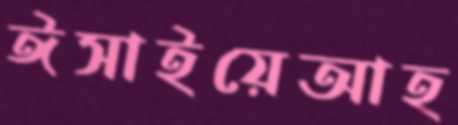
ঈসাইয়েআহ